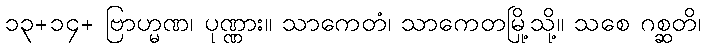
၁၃+၁၄+ ဗြာဟ္မဏ၊ ပုဏ္ဏား။ သာကေတံ၊ သာကေတမြို့သို့။ သစေ ဂစ္ဆတိ၊